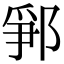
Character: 𨛰